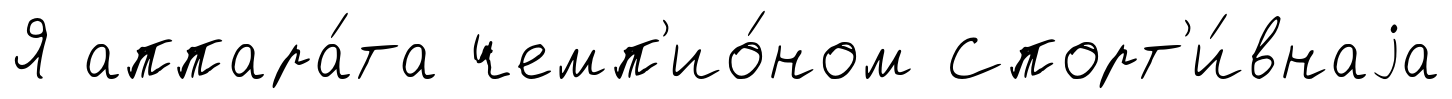
Я аппара́та чемп'ио́ном Спорт'и́внаjа